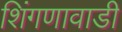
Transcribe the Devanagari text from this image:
शिंगणावाडी